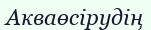
Акваөсірудің